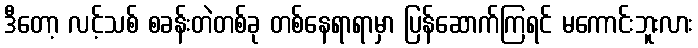
ဒီတော့ လင့်သစ် စခန်းတဲတစ်ခု တစ်နေရာရာမှာ ပြန်ဆောက်ကြရင် မကောင်းဘူးလား